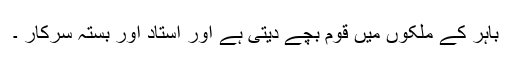
باہر کے ملکوں میں قوم بچے دیتی ہے اور استاد اور بستہ سرکار ۔